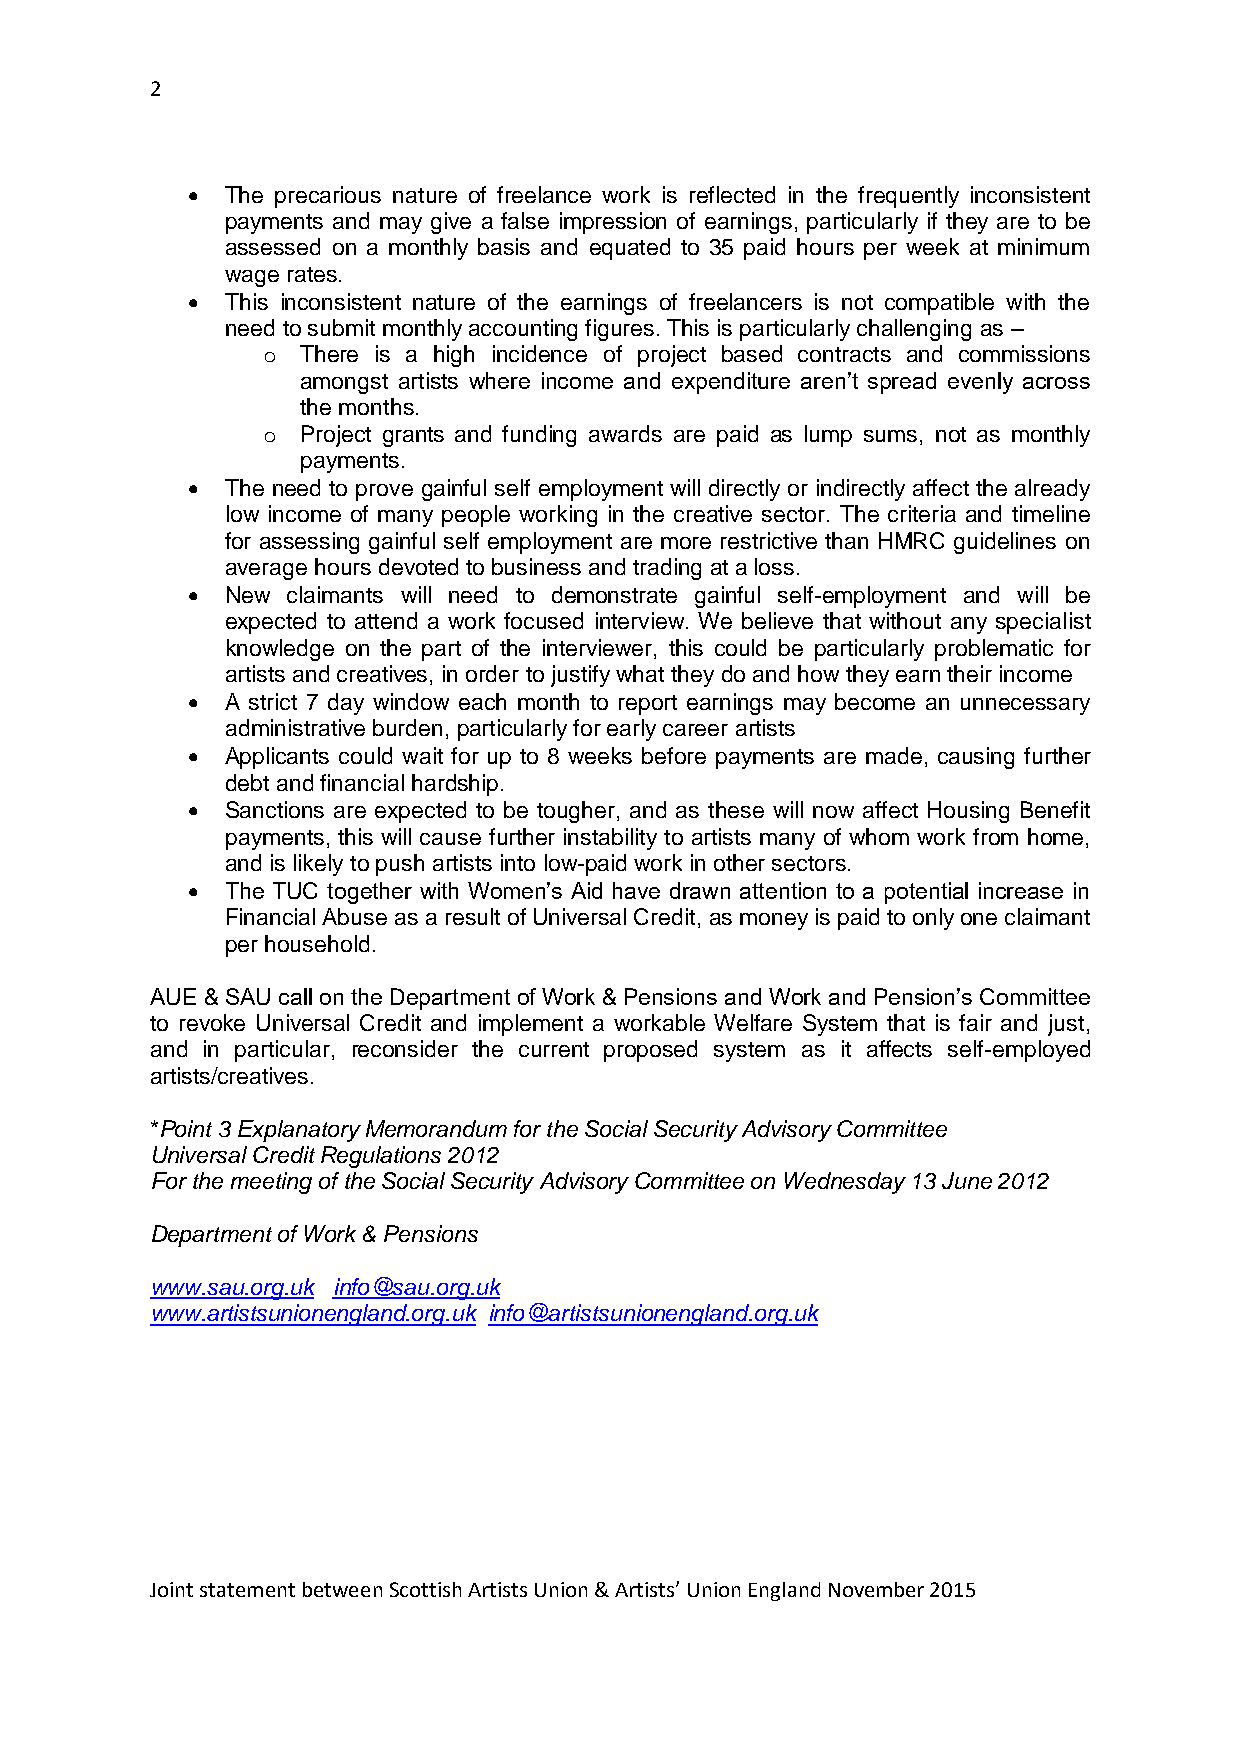
2
   The precarious nature of freelance work is reflected in the frequently inconsistent
 payments and may give a false impression of earnings, particularly if they are to be
 assessed on a monthly basis and equated to 35 paid hours per week at minimum
 wage rates.
   This inconsistent nature of the earnings of freelancers is not compatible with the
 need to submit monthly accounting figures. This is particularly challenging as –
 o  There is a high incidence of project based contracts and commissions
 amongst artists where income and expenditure aren’t spread evenly across
 the months.
 o  Project grants and funding awards are paid as lump sums, not as monthly
 payments.
   The need to prove gainful self employment will directly or indirectly affect the already
 low income of many people working in the creative sector. The criteria and timeline
 for assessing gainful self employment are more restrictive than HMRC guidelines on
 average hours devoted to business and trading at a loss.
   New claimants will need to demonstrate gainful self-employment and will be
 expected to attend a work focused interview. We believe that without any specialist
 knowledge on the part of the interviewer, this could be particularly problematic for
 artists and creatives, in order to justify what they do and how they earn their income
   A strict 7 day window each month to report earnings may become an unnecessary
 administrative burden, particularly for early career artists
   Applicants could wait for up to 8 weeks before payments are made, causing further
 debt and financial hardship.
   Sanctions are expected to be tougher, and as these will now affect Housing Benefit
 payments, this will cause further instability to artists many of whom work from home,
 and is likely to push artists into low-paid work in other sectors.
   The TUC together with Women’s Aid have drawn attention to a potential increase in
 Financial Abuse as a result of Universal Credit, as money is paid to only one claimant
 per household.
 AUE & SAU call on the Department of Work & Pensions and Work and Pension’s Committee
 to revoke Universal Credit and implement a workable Welfare System that is fair and just,
 and in particular, reconsider the current proposed system as it affects self-employed
 artists/creatives.
 *Point 3 Explanatory Memorandum for the Social Security Advisory Committee
 Universal Credit Regulations 2012
 For the meeting of the Social Security Advisory Committee on Wednesday 13 June 2012
 Department of Work & Pensions
 www.sau.org.uk info@sau.org.uk
 www.artistsunionengland.org.uk info@artistsunionengland.org.uk
 Joint statement between Scottish Artists Union & Artists’ Union England November 2015